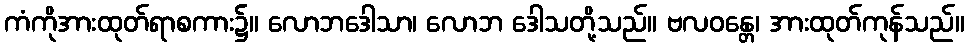
ကံကိုအားထုတ်ရာစကား၌။ လောဘဒေါသာ၊ လောဘ ဒေါသတို့သည်။ ဗလဝန္တေ၊ အားထုတ်ကုန်သည်။